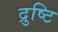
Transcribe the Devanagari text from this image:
द्रुष्टि